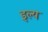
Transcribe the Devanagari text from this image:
इल्य